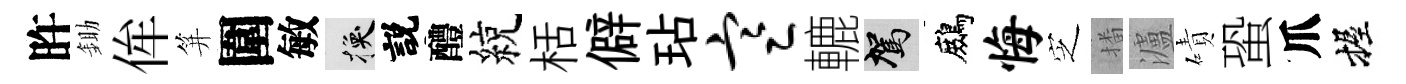
旿鋤侔笄圍敏换説醴綂栝僻玷寒轆駕鷓悔㝎播瀘磧蛩爪握